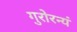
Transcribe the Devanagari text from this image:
गुरोरन्यं